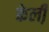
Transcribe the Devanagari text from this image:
केली़